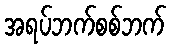
အရပ်ဘက်စစ်ဘက်